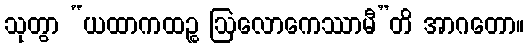
သုတွာ “ယထာကထဉ္စ ဩလောကေဿာမီ”တိ အာဂတော။